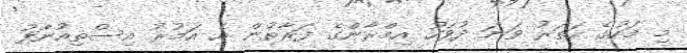
މި މަހުގެ ހަތަރު ވަނަ ދުވަހު އިމްރާންގެ ފަރާތުން އެ އަމުރު އިސްތިއުނާފު